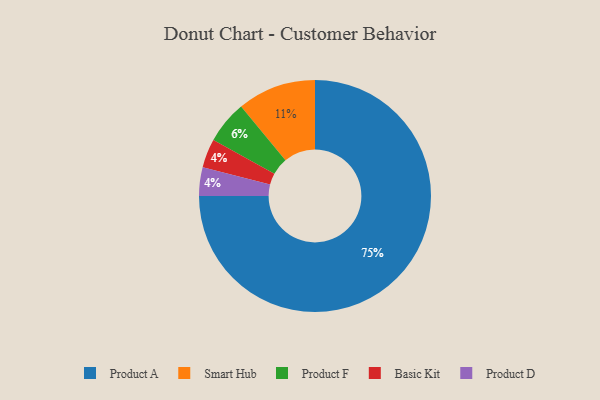
{"axis": {"x": "Category", "y": "Percentage"}, "legend": ["Basic Kit", "Product A", "Product D", "Product F", "Smart Hub"], "data": [{"x": "Product A", "y": 75, "type": "Product A"}, {"x": "Smart Hub", "y": 11, "type": "Smart Hub"}, {"x": "Product F", "y": 6, "type": "Product F"}, {"x": "Basic Kit", "y": 4, "type": "Basic Kit"}, {"x": "Product D", "y": 4, "type": "Product D"}]}